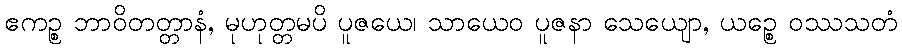
ဧကဉ္စ ဘာဝိတတ္တာနံ, မုဟုတ္တမပိ ပူဇယေ၊ သာယေဝ ပူဇနာ သေယျော, ယဉ္စေ ဝဿသတံ